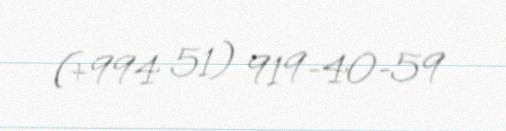
(+994 51) 919-40-59